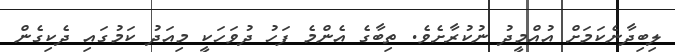
ލިބިދާނެކަމަށް އުއްމީދު ނުކުރާށެވެ. ތިބާގެ އެންމެ ފަހު ދުވަހަކީ މިއަދު ކަމުގައި ދެކިގެން